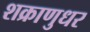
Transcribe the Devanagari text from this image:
शक्राणुधर